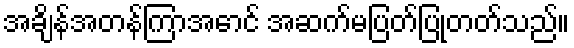
အချိန်အတန်ကြာအောင် အဆက်မပြတ်ပြုတတ်သည်။